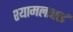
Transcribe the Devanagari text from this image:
श्यामलाताई